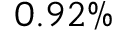
0 . 9 2 \%